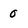
Character: 0